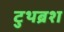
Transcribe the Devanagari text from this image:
टुथब्रश